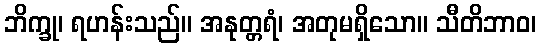
ဘိက္ခု၊ ရဟန်းသည်။ အနုတ္တရံ၊ အတုမရှိသော။ သီတိဘာဝ၊